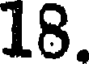
18.